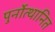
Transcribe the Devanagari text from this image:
पुर्नोत्थानित